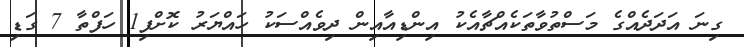
ގިނަ އަދަދެއްގެ މަސްތުވާތަކެއްޗާއެކު އިންޑިއާއިން ދިވެއްސަކު ހައްޔަރު ކޮށްފި1 ހަފްތާ 7 ގަޑި